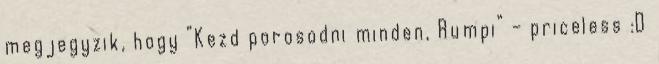
megjegyzik, hogy “Kezd porosodni minden, Rumpi” – priceless :D